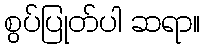
စွပ်ပြုတ်ပါ ဆရာ။